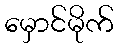
မှောင်မိုက်